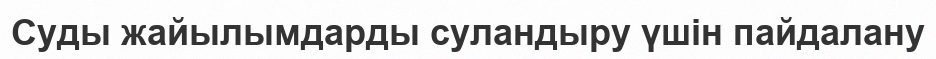
Суды жайылымдарды суландыру үшін пайдалану